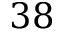
3 8